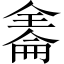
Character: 𠓹